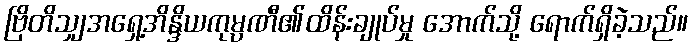
ဗြိတိသျှအရှေ့အိန္ဒိယကုမ္ပဏီ၏ထိန်းချုပ်မှု အောက်သို့ ရောက်ရှိခဲ့သည်။